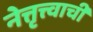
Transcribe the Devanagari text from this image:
नेत्तृत्त्वाची